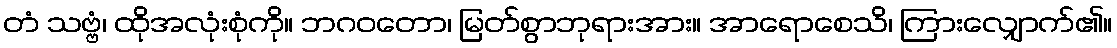
တံ သဗ္ဗံ၊ ထိုအလုံးစုံကို။ ဘဂဝတော၊ မြတ်စွာဘုရားအား။ အာရောစေသိ၊ ကြားလျှောက်၏။